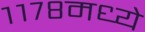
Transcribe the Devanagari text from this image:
११७८मध्ये